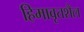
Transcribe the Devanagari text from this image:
हिमावृतशैल